Vaccination in Bombay 1889-1901 - 1889-1901
Year: 1889
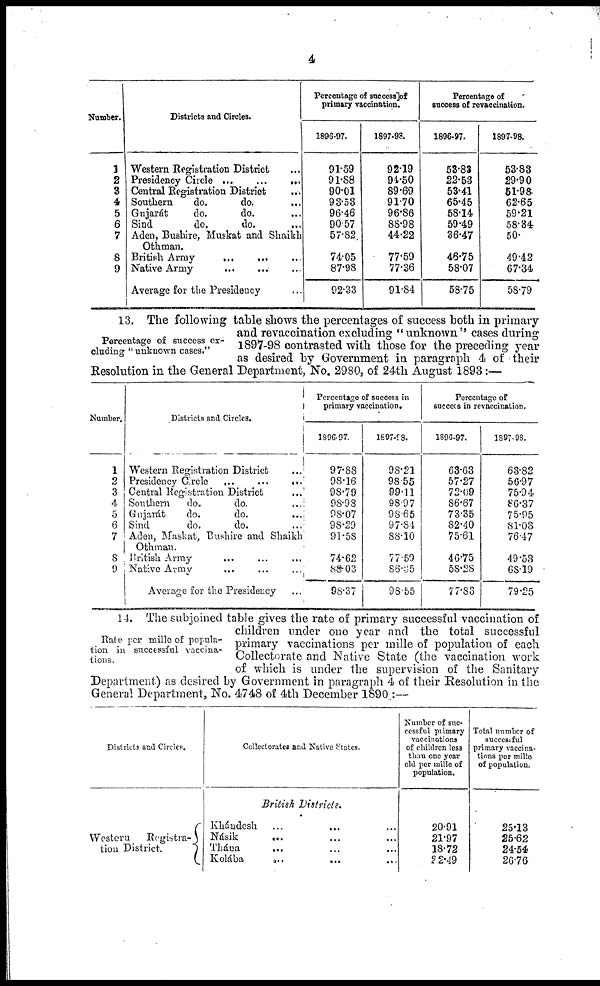
4
Number.
1
2
3
4
5
6
7
8
9
Districts and Circles.
Western Registration District ...
Presidency Circle
...
...
...
Central Registration District ...
Southern
do.
do. ...
Gnjarát
do.
do. ...
Sind
do.
do. ...
Aden, Bushire, Muskat and Shaikh
Othman.
British Army
...
...
...
Native Army
...
...
...
Average for the Presidency ...
Percentage of success of
primary vaccination.
1896-97.
91.59
91.88
90.01
98.53
96.46
90.57
57.82
74.05
87.98
92.33
1897-98.
92.19
94.50
89.69
91.70
96.86
88.98
44.22
77.59
77.36
91.84
Percentage of
success of revaccination.
1896-97.
53.83
22.53
53.41
65.45
58.14
59.49
36.47
46.75
58.07
58.75
1897-98.
53.83
29.90
51.98
62.65
59.21
58.34
50.
49.42
67.34
58.79
Percentage of success ex-
---ding "unknown cases."
13. The following table shows the percentages of success both in primary
and revaccination excluding "unknown" cases during
1897-98 contrasted with those for the preceding year
as desired by Government in paragraph 4 of their
Resolution in the General Department, No. 2980, of 24th August 1893:—
Number.
1
2
3
4
5
6
7
8
9
Districts and Circles.
Western Registration District ...
Presidency Circle
...
...
...
Central Registration District ...
Southern
do.
do. ...
Gujarát
do.
do. ...
Sind
do.
do. ...
Aden, Maskat, Bushire and Shaikh
Othman. ... ... ...
British Army ... ... ...
Native Army ... ... ...
Average for the Presidency ...
Percentage of success in
primary vaccination.
1896-97.
97.88
98.16
98.79
98.98
98.07
98.29
91.58
74.62
88.03
98.37
1897-98.
98.21
98.55
99.11
98.97
98.65
97.84
88.10
77.59
86.35
98.55
Percentage of
success in revaccination.
1896-97.
63.63
57.27
72.09
86.67
73.35
82.40
75.61
46.75
58.28
77.83
1897-98.
63.82
56.97
75.94
86.37
75.95
81.03
76.47
49.53
68.19
79.25
Rate per mille of popula-
tion in successful vaccina-
tions.
14. The subjoined table gives the rate of primary successful vaccination of
children under one year and the total successful
primary vaccinations per mille of population of each
Collectorate and Native State (the vaccination work
of which is under the supervision of the Sanitary
Department) as desired by Government in paragraph 4 of their Resolution in the
General Department, No. 4748 of 4th December 1890 :—
Districts and Circles.
Western
Registra-
tion District.
Collectorates and Native States.
British Districts.
Khándesh ... ... ...
Násik ... ... ...
Thána ... ... ...
Kolába
...
...
...
Number of suc-
cessful primary
vaccinations
of children less
than one year
old per mille of
population.
20.91
21.97
18.72
22.49
Total number of
successful
primary vaccina-
tions per mille
of population.
25.13
25.62
24.54
26.76